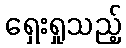
ရှေးရှုသည့်